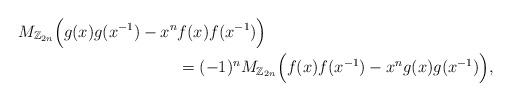
LaTeX: \begin{align*}M_{\mathbb Z_{2n}}\Big( g(x)g(x^{-1})-x^n& f(x)f(x^{-1})\Big) \\ &=(-1)^nM_{\mathbb Z_{2n}}\Big( f(x)f(x^{-1})-x^n g(x)g(x^{-1})\Big),\end{align*}